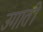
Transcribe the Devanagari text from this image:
उगाती